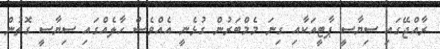
ރާއްޖޭގައި ސިޔާސީ ޕާޓީއަކާއި ގިނަ މެމްބަރުން ގުޅެނީ އެއްވެސް ހާލެއްގައި ސިޔާސީ ގޮތުން